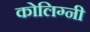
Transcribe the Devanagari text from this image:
कोलिग्नी